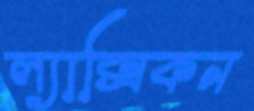
ল্যাক্সিকন